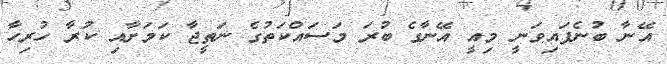
އޭނާ ބުނެފައިވަނީ މިއީ އޭނާގެ ބުރަ މަސައްކަތުގެ ނަތީޖާ ކަމަށާއި ކުރާ ހުރިހާ